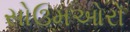
સોઉમઓરો